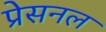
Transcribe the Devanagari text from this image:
प्रेसनल